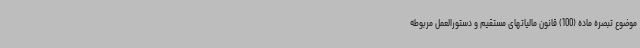
موضوع تبصره ماده (100) قانون مالیاتهای مستقیم و دستورالعمل مربوطه